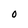
Character: O